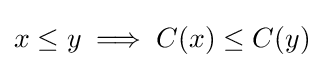
x\leq y\implies C(x)\leq C(y)